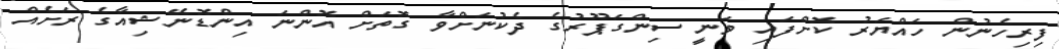
ފިރިހެނުން ހައްޔަރު ކޮށްފައި ވަނީ ސިންގަޕޫރުގެ ދެކުނަށްވާ ގޮތަށް އޮންނަ އިންޑޮނޭޝިއާގެ ރަށެއް